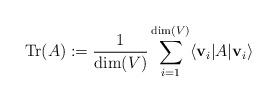
LaTeX: \begin{align*}{\rm Tr}(A):=\frac{1}{\dim(V)}\sum_{i=1}^{\dim(V)} \langle \mathbf{v}_i\vert A\vert \mathbf{v}_i\rangle\end{align*}